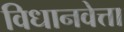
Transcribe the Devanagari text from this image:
विधानवेत्ता